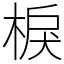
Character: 棙